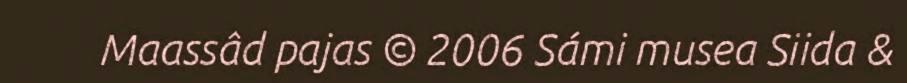
Maassâd pajas © 2006 Sámi musea Siida &